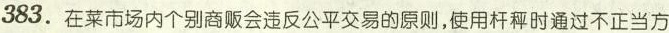
383. 在菜市场内个别商贩会违反公平交易的原则，使用杆秤时通过不正当方